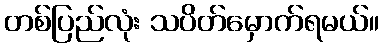
တစ်ပြည်လုံး သပိတ်မှောက်ရမယ်။